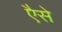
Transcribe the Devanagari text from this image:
एैसे